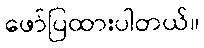
ဖော်ပြထားပါတယ်။